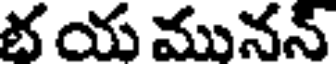
భ య మునన్